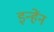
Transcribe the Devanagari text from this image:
इन्हेंन